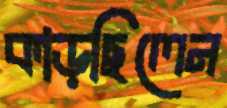
কাড়ছিলেন